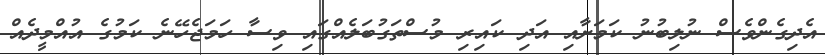
އެދިގެންވެސް ނުލިބުނު ކަމަށާއި އަދި ކައިރި މުސްތަގުބަލެއްގައި ވިސާ ހަމަޖެހޭނެ ކަމުގެ އުއްމީދެއް